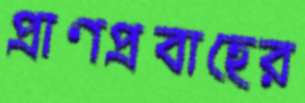
প্রাণপ্রবাহের